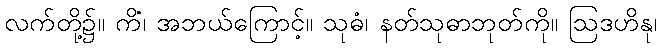
လက်တို့၌။ ကိံ၊ အဘယ်ကြောင့်။ သုဓံ၊ နတ်သုဓာဘုတ်ကို။ ဩဒဟိနု၊